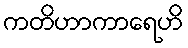
ကတိဟာကာရေဟိ